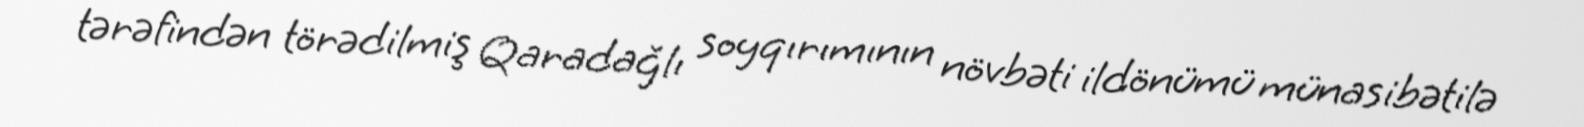
tərəfindən törədilmiş Qaradağlı soyqırımının növbəti ildönümü münasibətilə